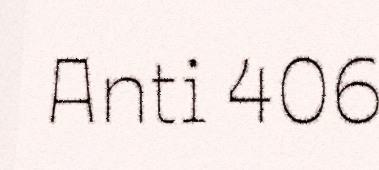
Anti 406